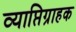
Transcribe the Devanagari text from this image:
व्याप्तिग्राहक